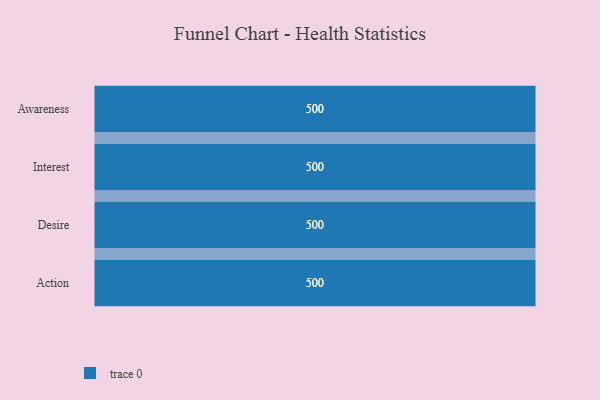
{"axis": {"x": "Stage", "y": "Value"}, "legend": [""], "data": [{"x": "Awareness", "y": 500, "type": ""}, {"x": "Interest", "y": 500, "type": ""}, {"x": "Desire", "y": 500, "type": ""}, {"x": "Action", "y": 500, "type": ""}]}